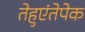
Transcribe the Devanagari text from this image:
तेहुएंतेपेक